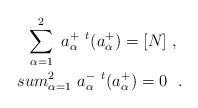
LaTeX: \begin{align*}\sum^2_{\alpha =1}\ a^+_\alpha\ ^t(a^+_\alpha )=[N]\ ,\ \\sum^2_{\alpha =1}\ a^-_\alpha\ ^t(a^+_\alpha )=0\ \ .\end{align*}